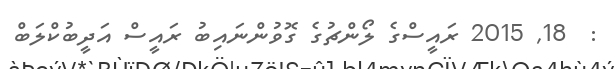
:  18